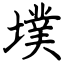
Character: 墣